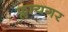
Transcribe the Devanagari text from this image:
फ्लायगर